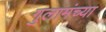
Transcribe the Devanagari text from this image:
गुलामंच्या